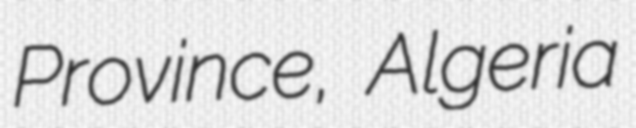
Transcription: Province, Algeria